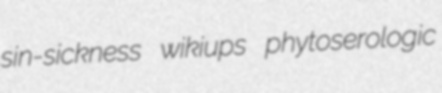
sin-sickness wikiups phytoserologic